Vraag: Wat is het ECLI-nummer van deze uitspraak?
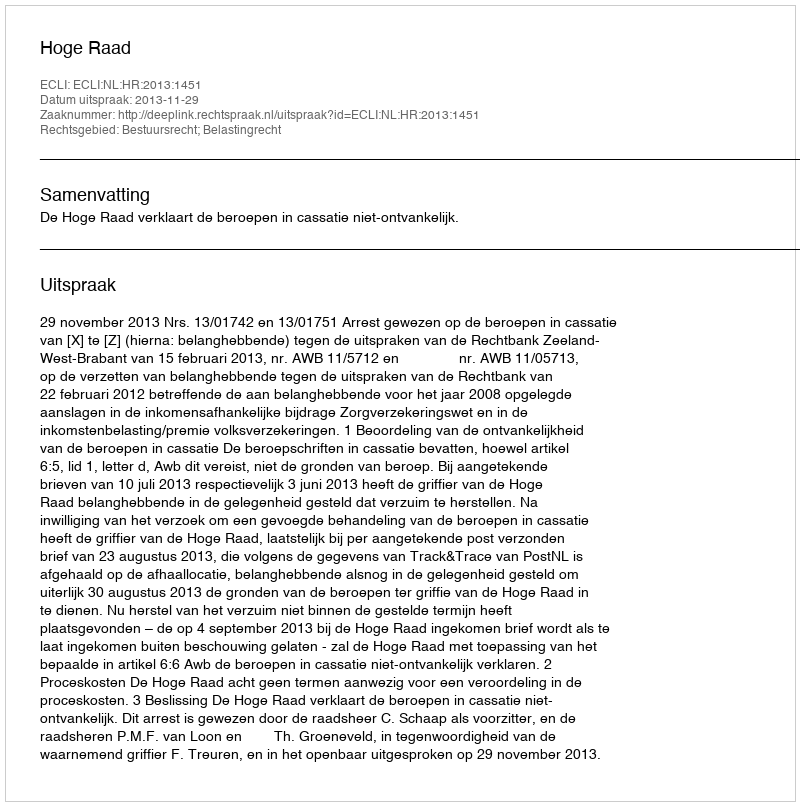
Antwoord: ECLI:NL:HR:2013:1451